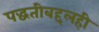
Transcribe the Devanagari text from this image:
पद्धतीबद्दलही